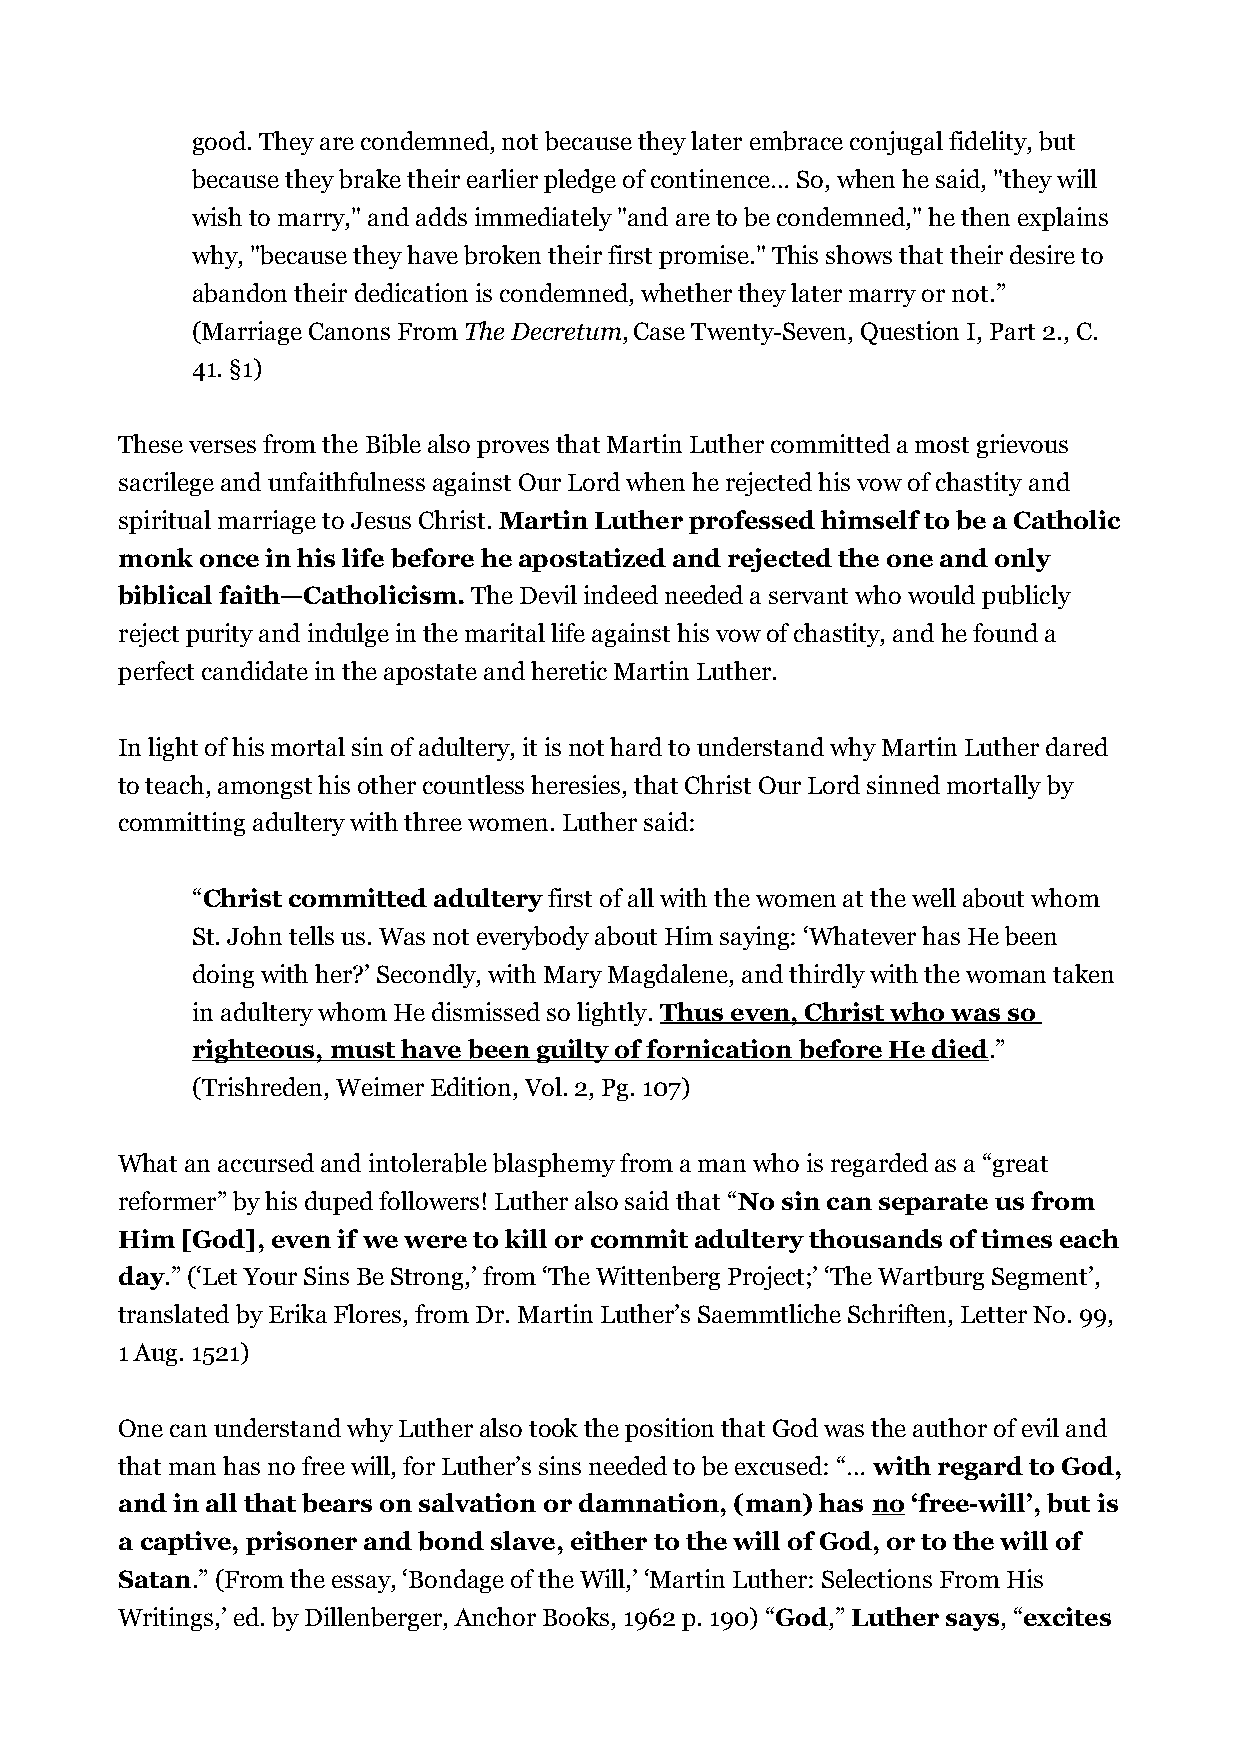
good. They are condemned, not because they later embrace conjugal fidelity, but
 because they brake their earlier pledge of continence… So, when he said, "they will
 wish to marry," and adds immediately "and are to be condemned," he then explains
 why, "because they have broken their first promise." This shows that their desire to
 abandon their dedication is condemned, whether they later marry or not.”
 (Marriage Canons From The Decretum, Case Twenty-Seven, Question I, Part 2., C.
 41. §1)
 These verses from the Bible also proves that Martin Luther committed a most grievous
 sacrilege and unfaithfulness against Our Lord when he rejected his vow of chastity and
 spiritual marriage to Jesus Christ. Martin Luther professed himself to be a Catholic
 monk once in his life before he apostatized and rejected the one and only
 biblical faith—Catholicism. The Devil indeed needed a servant who would publicly
 reject purity and indulge in the marital life against his vow of chastity, and he found a
 perfect candidate in the apostate and heretic Martin Luther.
 In light of his mortal sin of adultery, it is not hard to understand why Martin Luther dared
 to teach, amongst his other countless heresies, that Christ Our Lord sinned mortally by
 committing adultery with three women. Luther said:
 “Christ committed adultery first of all with the women at the well about whom
 St. John tells us. Was not everybody about Him saying: ‘Whatever has He been
 doing with her?’ Secondly, with Mary Magdalene, and thirdly with the woman taken
 in adultery whom He dismissed so lightly. Thus even, Christ who was so
 righteous, must have been guilty of fornication before He died.”
 (Trishreden, Weimer Edition, Vol. 2, Pg. 107)
 What an accursed and intolerable blasphemy from a man who is regarded as a “great
 reformer” by his duped followers! Luther also said that “No sin can separate us from
 Him [God], even if we were to kill or commit adultery thousands of times each
 day.” (‘Let Your Sins Be Strong,’ from ‘The Wittenberg Project;’ ‘The Wartburg Segment’,
 translated by Erika Flores, from Dr. Martin Luther’s Saemmtliche Schriften, Letter No. 99,
 1 Aug. 1521)
 One can understand why Luther also took the position that God was the author of evil and
 that man has no free will, for Luther’s sins needed to be excused: “… with regard to God,
 and in all that bears on salvation or damnation, (man) has no ‘free-will’, but is
 a captive, prisoner and bond slave, either to the will of God, or to the will of
 Satan.” (From the essay, ‘Bondage of the Will,’ ‘Martin Luther: Selections From His
 Writings,’ ed. by Dillenberger, Anchor Books, 1962 p. 190) “God,” Luther says, “excites